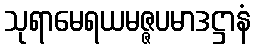
သုရာမေရယမဇ္ဇပမာဒဋ္ဌာနံ